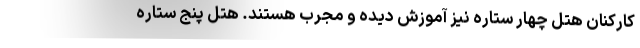
کارکنان هتل چهار ستاره نیز آموزش دیده و مجرب هستند. هتل پنج ستاره